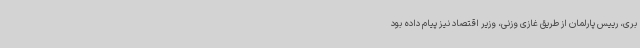
بری، رییس پارلمان از طریق غازی وزنی، وزیر اقتصاد نیز پیام داده بود